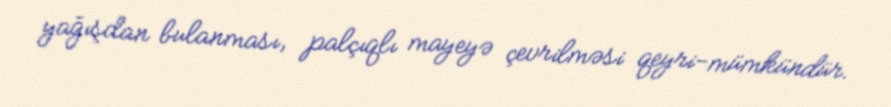
yağışdan bulanması, palçıqlı mayeyə çevrilməsi qeyri-mümkündür.